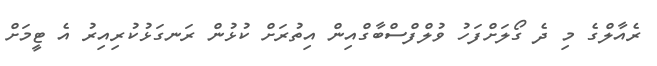
ރެއާލްގެ މި ދެ ގޯލަށްފަހު ވުލްފްސްބާގްއިން އިތުރަށް ކުޅުން ރަނގަޅުކުރިއިރު އެ ޓީމަށް